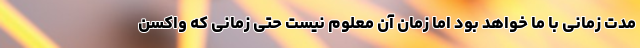
مدت زمانی با ما خواهد بود اما زمان آن معلوم نیست حتی زمانی که واکسن